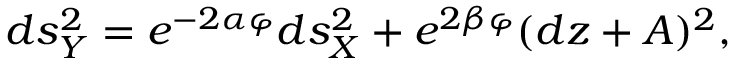
d s _ { Y } ^ { 2 } = e ^ { - 2 \alpha \varphi } d s _ { X } ^ { 2 } + e ^ { 2 \beta \varphi } ( d z + A ) ^ { 2 } ,